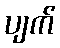
ပျက်